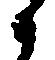
候